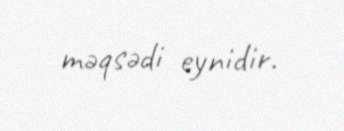
məqsədi eynidir.